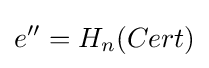
e''=H_{n}(Cert)